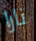
نارا